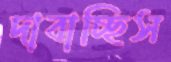
দাবাচ্ছিস